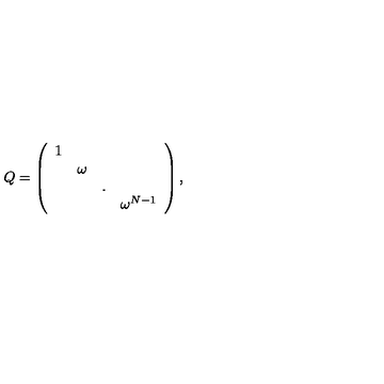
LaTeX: Q = \left( \begin{array} { c c c c } { 1 } & { } & { } & { } \\ { } & { \omega } & { } & { } \\ { } & { } & { . } & { } \\ { } & { } & { } & { \omega ^ { N - 1 } } \\ \end{array} \right) ,